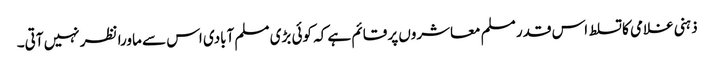
ذہنی غلامی کا تسلط اس قدر مسلم معاشروں پر قائم ہے کہ کوئی بڑی مسلم آبادی اس سے ماورا نظر نہیں آتی۔